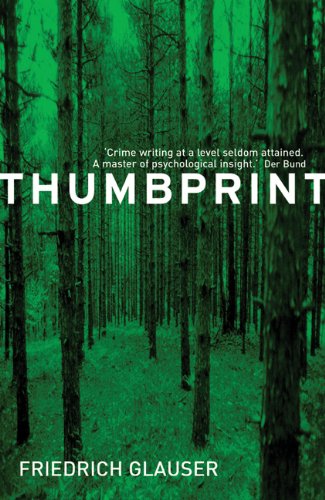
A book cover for Thumbprint (A Sergeant Studer Mystery); Friedrich Glauser; Travel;